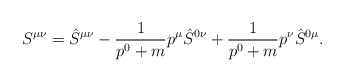
\begin{align*}S^{\mu \nu }= \hat{S}^{\mu \nu }-\frac{1}{p^0+m}p^\mu\hat{S}^{0\nu}+ \frac{1}{p^0+m}p^\nu \hat{S}^{0\mu}.\end{align*}